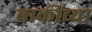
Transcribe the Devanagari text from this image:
बाकींच्या